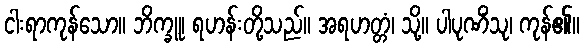
ငါးရာကုန်သော။ ဘိက္ခူ၊ ရဟန်းတို့သည်။ အရဟတ္တံ၊ သို့။ ပါပုဏိံသု၊ ကုန်၏။